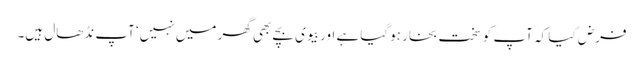
فرض کیا کہ آپ کو سخت بخار ہوگیا ہے اور بیوی بچے بھی گھر میں نہیں‘ آپ نڈھال ہیں۔